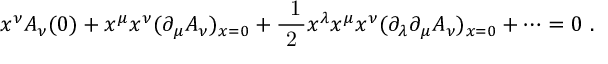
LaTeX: x ^ { \nu } { \cal A } _ { \nu } ( 0 ) + x ^ { \mu } x ^ { \nu } ( \partial _ { \mu } { \cal A } _ { \nu } ) _ { x = 0 } + \mathrm { \frac { ~ 1 } { ~ 2 ~ } } x ^ { \lambda } x ^ { \mu } x ^ { \nu } ( \partial _ { \lambda } \partial _ { \mu } { \cal A } _ { \nu } ) _ { x = 0 } + \cdots = 0 \ .